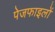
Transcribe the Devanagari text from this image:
पेजफाइलों